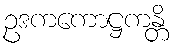
ဥဒကကောဋ္ဌကန္တိ